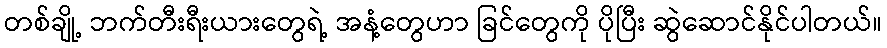
တစ်ချို့ ဘက်တီးရီးယားတွေရဲ့ အနံ့တွေဟာ ခြင်တွေကို ပိုပြီး ဆွဲဆောင်နိုင်ပါတယ်။